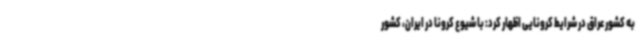
به کشور عراق در شرایط کرونایی اظهار کرد: با شیوع کرونا در ایران، کشور